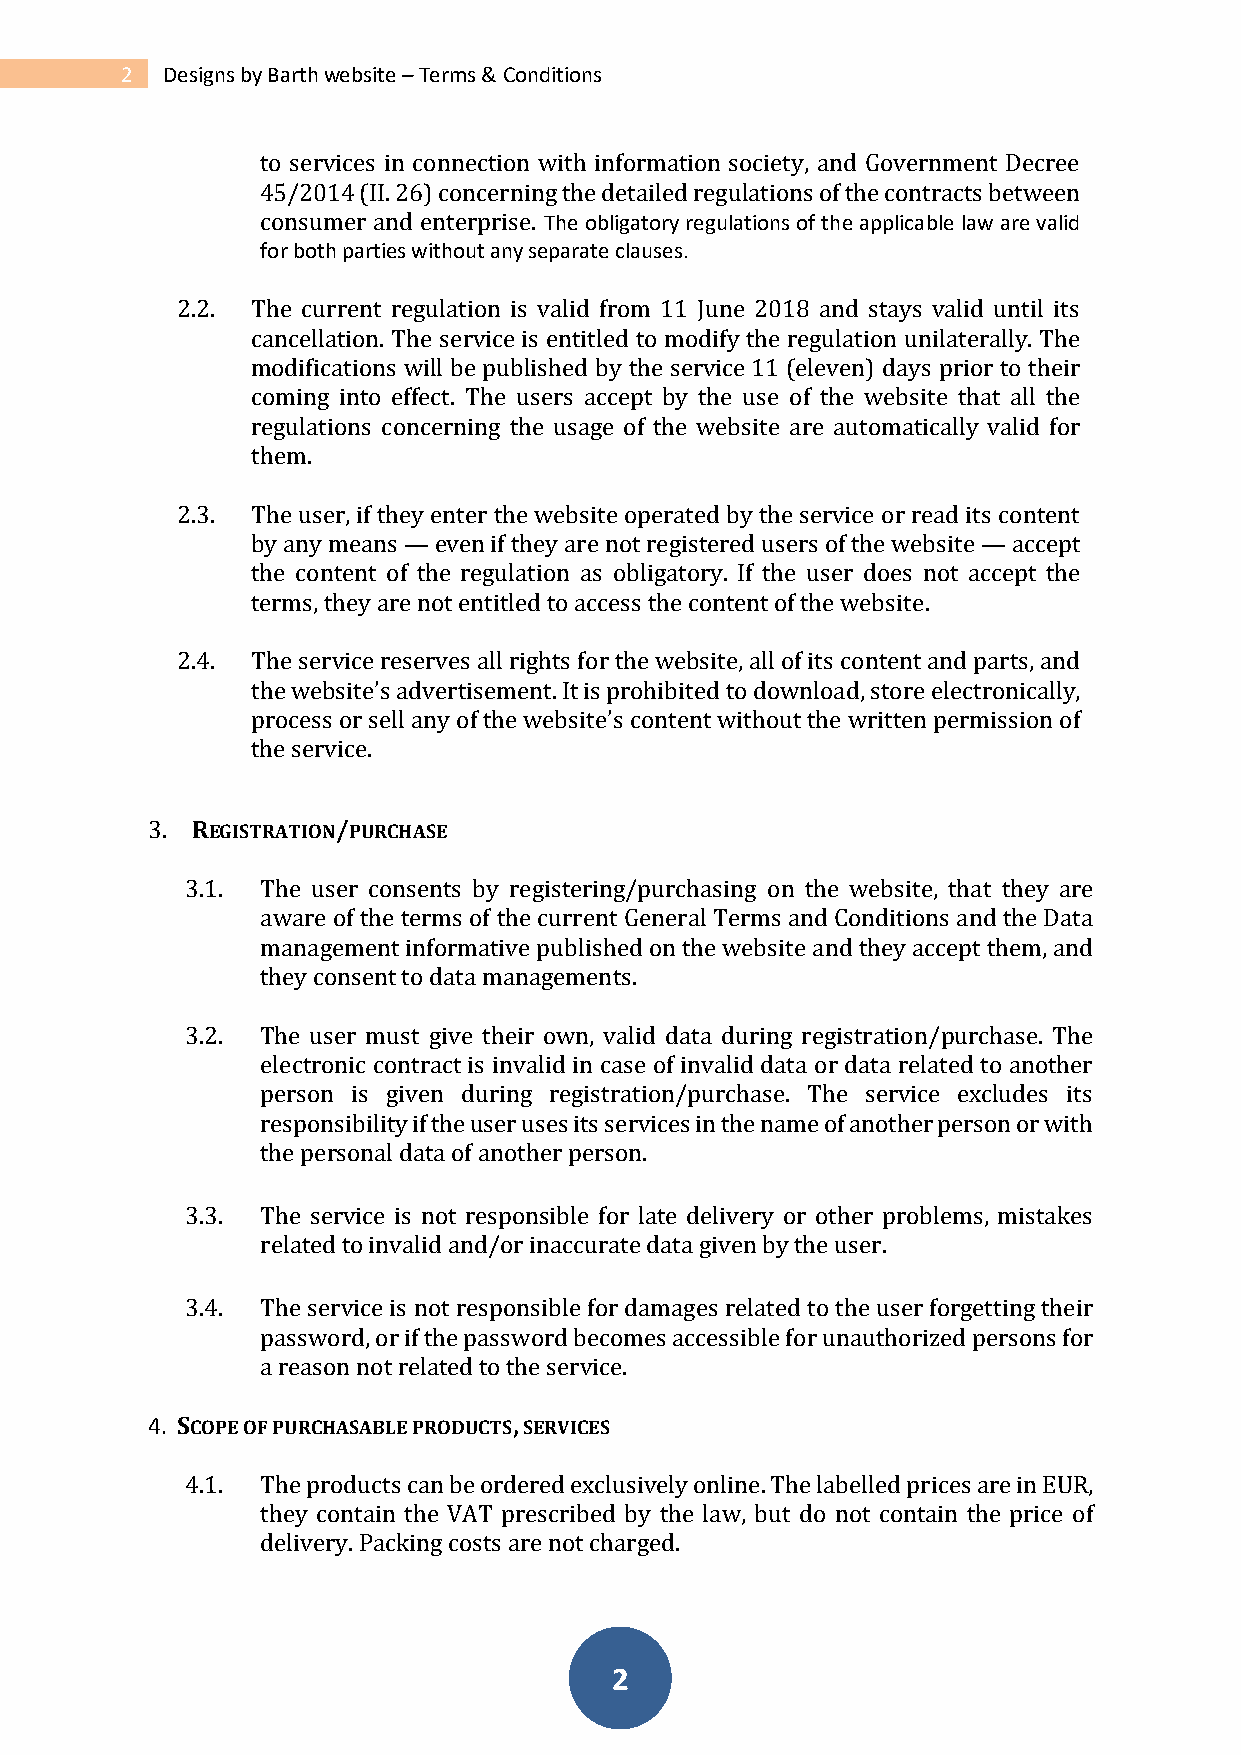
2  Designs by Barth website – Terms & Conditions
 to services in connection with information society, and Government Decree
 45/2014 (II. 26) concerning the detailed regulations of the contracts between
 consumer and enterprise. The obligatory regulations of the applicable law are valid
 for both parties without any separate clauses.
 2.2. The current regulation is valid from 11 June 2018 and stays valid until its
 cancellation. The service is entitled to modify the regulation unilaterally. The
 modifications will be published by the service 11 (eleven) days prior to their
 coming into effect. The users accept by the use of the website that all the
 regulations concerning the usage of the website are automatically valid for
 them.
 2.3. The user, if they enter the website operated by the service or read its content
 by any means — even if they are not registered users of the website — accept
 the content of the regulation as obligatory. If the user does not accept the
 terms, they are not entitled to access the content of the website.
 2.4. The service reserves all rights for the website, all of its content and parts, and
 the website’s advertisement. It is prohibited to download, store electronically,
 process or sell any of the website’s content without the written permission of
 the service.
 3. REGISTRATION/PURCHASE
 3.1. The user consents by registering/purchasing on the website, that they are
 aware of the terms of the current General Terms and Conditions and the Data
 management informative published on the website and they accept them, and
 they consent to data managements.
 3.2. The user must give their own, valid data during registration/purchase. The
 electronic contract is invalid in case of invalid data or data related to another
 person is given during registration/purchase. The service excludes its
 responsibility if the user uses its services in the name of another person or with
 the personal data of another person.
 3.3. The service is not responsible for late delivery or other problems, mistakes
 related to invalid and/or inaccurate data given by the user.
 3.4. The service is not responsible for damages related to the user forgetting their
 password, or if the password becomes accessible for unauthorized persons for
 a reason not related to the service.
 4. SCOPE OF PURCHASABLE PRODUCTS, SERVICES
 4.1. The products can be ordered exclusively online. The labelled prices are in EUR,
 they contain the VAT prescribed by the law, but do not contain the price of
 delivery. Packing costs are not charged.
 2